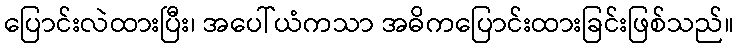
ပြောင်းလဲထားပြီး၊ အပေါ်ယံကသာ အဓိကပြောင်းထားခြင်းဖြစ်သည်။